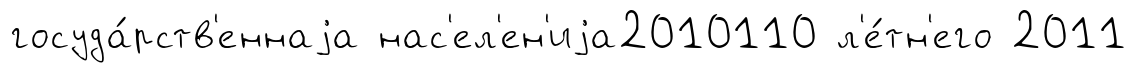
госуда́рств'еннаjа нас'ел'ен'иjа2010110 л'е́тн'его 2011